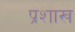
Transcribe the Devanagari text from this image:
प्रशाख